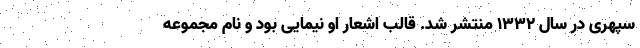
سپهری در سال 1332 منتشر شد. قالب اشعار او نیمایی بود و نام مجموعه